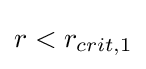
r<r_{crit,1}